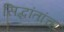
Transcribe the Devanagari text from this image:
सिद्धांतांचा